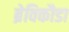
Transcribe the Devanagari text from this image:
ब्रेविकौडा